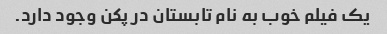
یک فیلم خوب به نام تابستان در پکن وجود دارد.